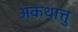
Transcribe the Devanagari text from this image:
अंकथात्तु